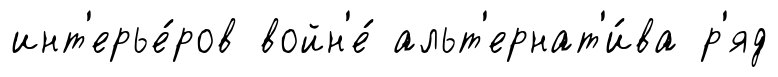
инт'ерье́ров войн'е́ альт'ернат'и́ва р'яд